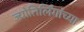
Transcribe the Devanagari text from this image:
ज्योतिर्लिंगांच्या